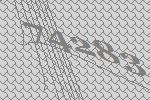
74283